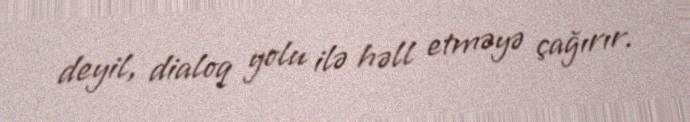
deyil, dialoq yolu ilə həll etməyə çağırır.